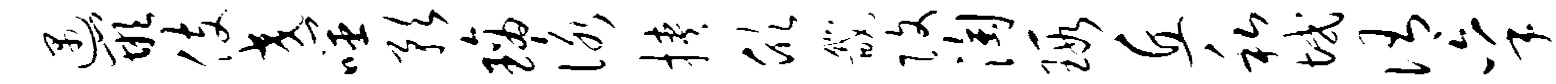
遇嵌伎交噬预璃咏挟欣畿改淘瑕丘私域侑秉